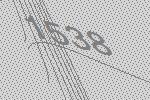
1538